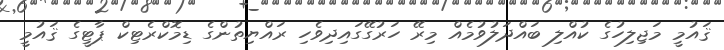
ޤައުމީ މަޖިލިހުގެ ކުއްލި ބައްދަލުވުމެއް މިރޭ ހަރުގޭގައިދިވެހި ރައްޔިތުންގެ ޑިމޮކްރެޓިކް ޕާޓީގެ ޤައުމީ